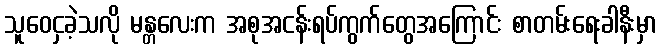
သူဝေငှခဲ့သလို မန္တလေးက အစုအငန်းရပ်ကွက်တွေအကြောင်း စာတမ်းရေးခါနီးမှာ